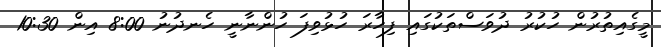
މީގެއިތުރުން ހުކުރު ދުވަސްތަކުގައި ފިހާރަ ހުޅުވިފަ ހުންނާނީ ހެނދުނު 8:00 އިން 10:30